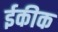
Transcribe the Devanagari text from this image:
ईकीक